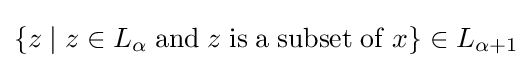
\{z\mid z\in L_{\alpha }\;\mathrm {and} \;z\;\mathrm {is} \;\mathrm {a} \;\mathrm {subset} \;\mathrm {of} \;x\}\in L_{\alpha +1}